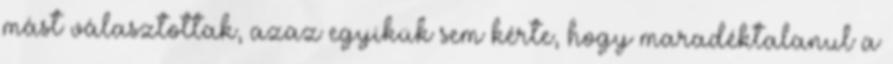
mást választottak, azaz egyikük sem kérte, hogy maradéktalanul a